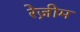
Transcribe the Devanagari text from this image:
रेज़ीम